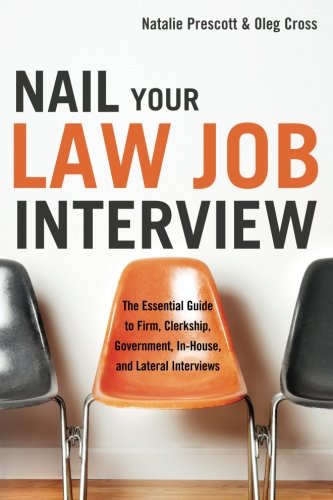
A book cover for Nail Your Law Job interview: The Essential Guide to Firm, Clerkship, Government, In-House, and Lateral Interviews; Natalie Prescott; Business & Money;